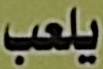
يلعب